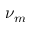
\nu _ { m }